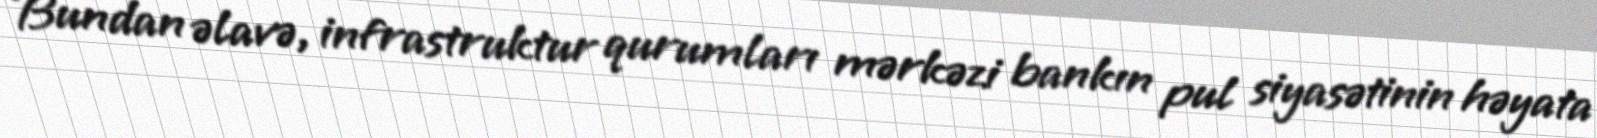
Bundan əlavə, infrastruktur qurumları mərkəzi bankın pul siyasətinin həyata